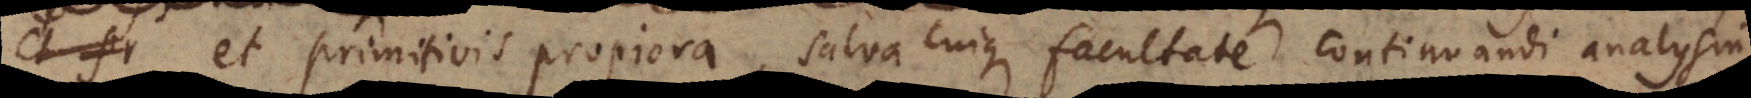
, et primitivis propiora, salva cuique facultate continuandi analysin,